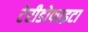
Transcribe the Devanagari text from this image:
टेरीडोफाइटा